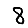
Digit: 8